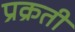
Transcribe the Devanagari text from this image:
प्रक्रती